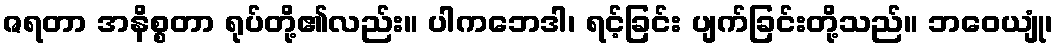
ဇရတာ အနိစ္စတာ ရုပ်တို့၏လည်း။ ပါကဘေဒါ၊ ရင့်ခြင်း ပျက်ခြင်းတို့သည်။ ဘဝေယျုံ၊